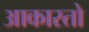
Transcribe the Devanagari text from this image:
आकारतो